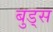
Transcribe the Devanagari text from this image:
बुड्‌स